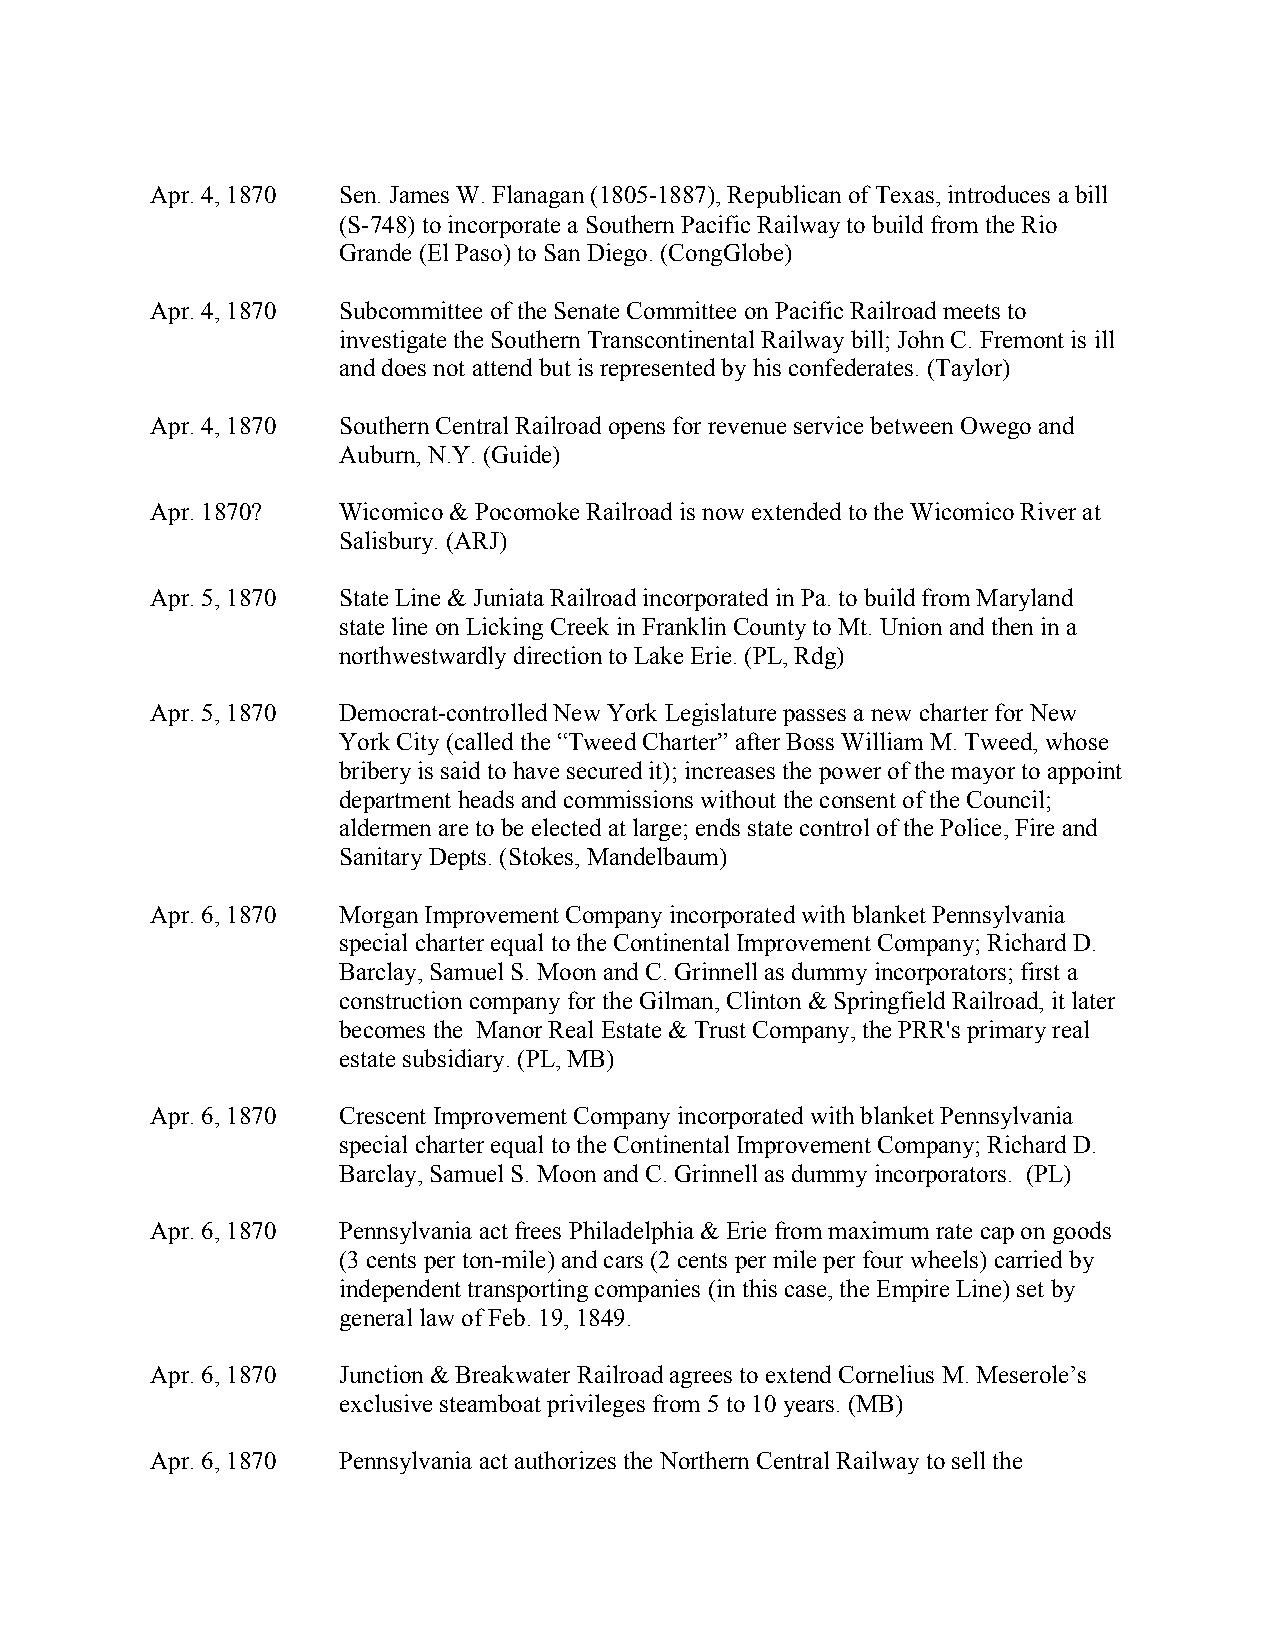
Apr. 4, 1870 Sen. James W. Flanagan (1805-1887), Republican of Texas, introduces a bill
 (S-748) to incorporate a Southern Pacific Railway to build from the Rio
 Grande (El Paso) to San Diego. (CongGlobe)
 Apr. 4, 1870 Subcommittee of the Senate Committee on Pacific Railroad meets to
 investigate the Southern Transcontinental Railway bill; John C. Fremont is ill
 and does not attend but is represented by his confederates. (Taylor)
 Apr. 4, 1870 Southern Central Railroad opens for revenue service between Owego and
 Auburn, N.Y. (Guide)
 Apr. 1870?  Wicomico & Pocomoke Railroad is now extended to the Wicomico River at
 Salisbury. (ARJ)
 Apr. 5, 1870 State Line & Juniata Railroad incorporated in Pa. to build from Maryland
 state line on Licking Creek in Franklin County to Mt. Union and then in a
 northwestwardly direction to Lake Erie. (PL, Rdg)
 Apr. 5, 1870 Democrat-controlled New York Legislature passes a new charter for New
 York City (called the “Tweed Charter” after Boss William M. Tweed, whose
 bribery is said to have secured it); increases the power of the mayor to appoint
 department heads and commissions without the consent of the Council;
 aldermen are to be elected at large; ends state control of the Police, Fire and
 Sanitary Depts. (Stokes, Mandelbaum)
 Apr. 6, 1870 Morgan Improvement Company incorporated with blanket Pennsylvania
 special charter equal to the Continental Improvement Company; Richard D.
 Barclay, Samuel S. Moon and C. Grinnell as dummy incorporators; first a
 construction company for the Gilman, Clinton & Springfield Railroad, it later
 becomes the Manor Real Estate & Trust Company, the PRR's primary real
 estate subsidiary. (PL, MB)
 Apr. 6, 1870 Crescent Improvement Company incorporated with blanket Pennsylvania
 special charter equal to the Continental Improvement Company; Richard D.
 Barclay, Samuel S. Moon and C. Grinnell as dummy incorporators. (PL)
 Apr. 6, 1870 Pennsylvania act frees Philadelphia & Erie from maximum rate cap on goods
 (3 cents per ton-mile) and cars (2 cents per mile per four wheels) carried by
 independent transporting companies (in this case, the Empire Line) set by
 general law of Feb. 19, 1849.
 Apr. 6, 1870 Junction & Breakwater Railroad agrees to extend Cornelius M. Meserole’s
 exclusive steamboat privileges from 5 to 10 years. (MB)
 Apr. 6, 1870 Pennsylvania act authorizes the Northern Central Railway to sell the